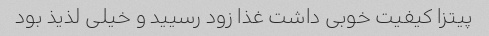
پیتزا کیفیت خوبی داشت غذا زود رسیید و خیلی لذیذ بود